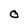
Character: o